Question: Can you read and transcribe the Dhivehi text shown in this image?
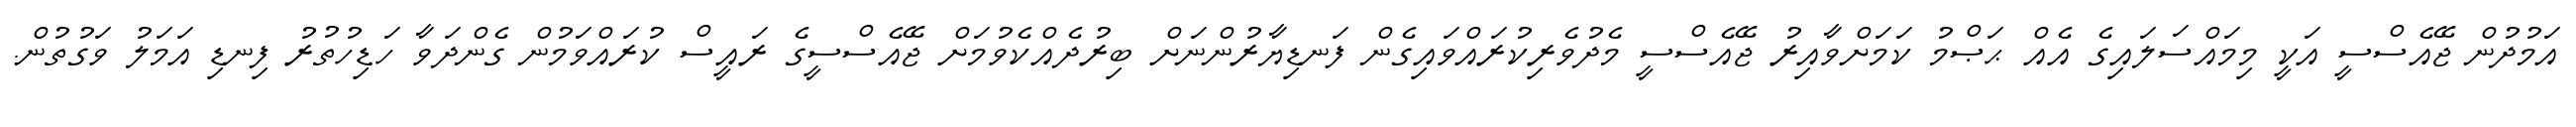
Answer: އަމުދުން ޖޭއެސްސީ އަކީ މިމައްސަލައިގެ އެއް ޙަޞްމު ކަމަށްވާއިރު ޖޭއެސްސީ މެދުވެރިކުރައްވައިގެން ފަނޑިޔާރުންނަށް ބިރުދެއްކެވުމަށް ޖޭއެސްސީގެ ރައީސް ކުރައްވަމުން ގެންދަވާ ހަޑިހުތުރު ފިނޑި އަމަލު ވަގުތުން.